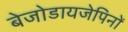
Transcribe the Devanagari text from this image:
बेजोडायजेपिनों